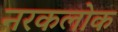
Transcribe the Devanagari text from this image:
नरकलोक